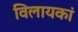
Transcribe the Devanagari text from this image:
विलायकां